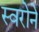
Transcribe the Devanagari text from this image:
स्वरोने